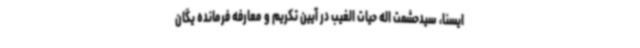
ایسنا، سیدحشمت اله حیات الغیب در آیین تکریم و معارفه فرمانده یگان